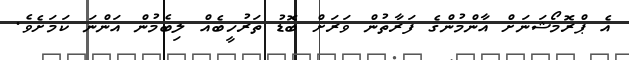
އެ ޕްރޮމޯޝަނަށް އާންމުންގެ ފަރާތުން ވަރަށް ބޮޑު ތަރުހީބެއް ލިބެމުން އަންނަ ކަމަށެވެ.